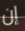
إن